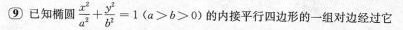
⑨已知椭圆$$\frac { x ^ { 2 } } { a ^ { 2 } } + \frac { y ^ { 2 } } { b ^ { 2 } } = 1 ( a > b > 0 )$$的内接平行四边形的一组对边经过它